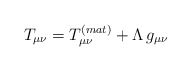
\begin{align*}T_{\mu\nu}=T_{\mu\nu}^{(mat)}+\Lambda\,g_{\mu\nu}\end{align*}